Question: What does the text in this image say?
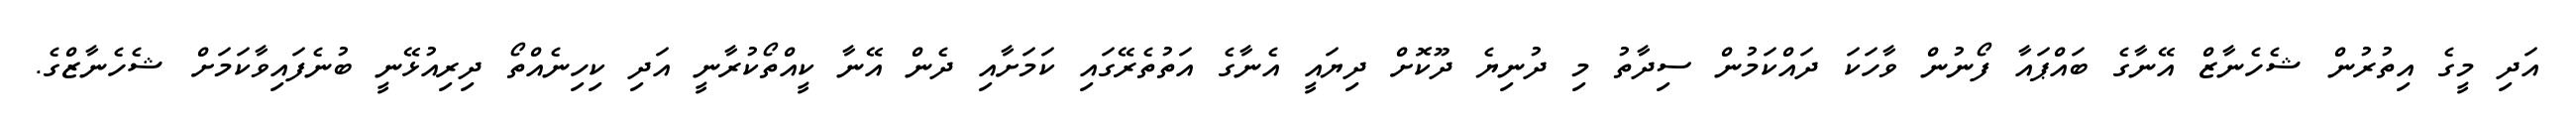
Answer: އަދި މީގެ އިތުރުން ޝެހެނާޒް އޭނާގެ ބައްޕައާ ފޯނުން ވާހަކަ ދައްކަމުން ސިދާތު މި ދުނިޔެ ދޫކޮށް ދިޔައީ އެނާގެ އަތުތެރޭގައި ކަމަށާއި ދެން އޭނާ ކީއްތޯކުރާނީ އަދި ކިހިނެއްތޯ ދިރިއުޅޭނީ ބުނެފައިވާކަމަށް ޝެހެނާޒްގެ.